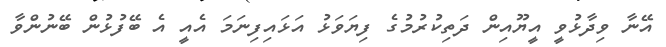
އޭނާ ވިދާޅުވީ އީޔޫއިން ދަތިކުރުމުގެ ފިޔަވަޅު އަޅައިފިނަމަ އެއީ އެ ބޭފުޅުން ބޭނުންވާ